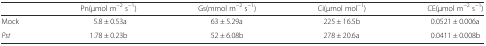
|  | Pn(μmol m−2 s−1) | Gs(mmol m−2 s−1) | Ci(μmol mol−1) | CE(μmol m−2 s−1) |
 | --- | --- | --- | --- | --- |
 | Mock | 5.8 ± 0.53a | 63 ± 5.29a | 225 ± 16.5b | 0.0521 ± 0.006a |
 | Pst | 1.78 ± 0.23b | 52 ± 6.08b | 278 ± 20.6a | 0.0411 ± 0.008b |